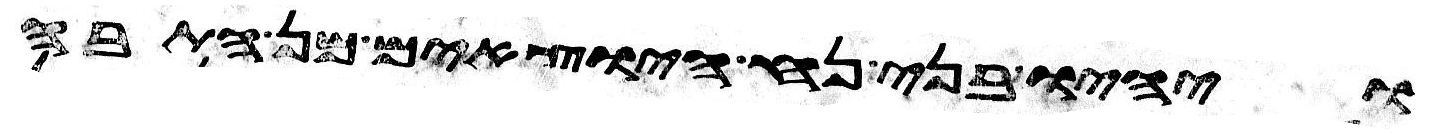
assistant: ויהיו בני נח היוצאים מן התבה